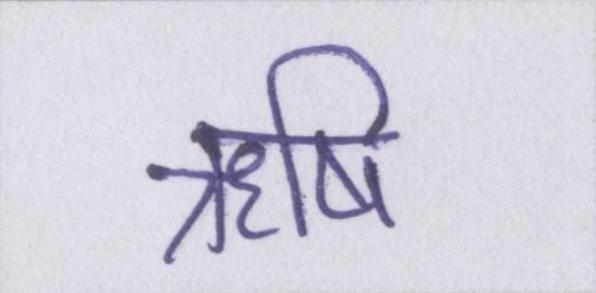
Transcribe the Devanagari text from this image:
ऋषि